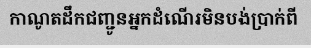
កាណូតដឹកជញ្ជូនអ្នកដំណើរមិនបង់ប្រាក់ពី